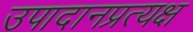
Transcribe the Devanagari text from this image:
उपादानप्रत्यक्ष